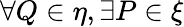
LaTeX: \forall Q\in\eta,\exists P\in\xi